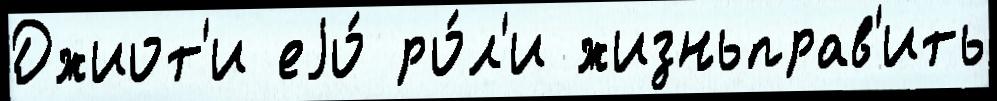
Джиот'и еjо́ ро́л'и жизньправ'ить